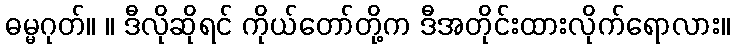
ဓမ္မဂုတ်။ ။ ဒီလိုဆိုရင် ကိုယ်တော်တို့က ဒီအတိုင်းထားလိုက်ရောလား။